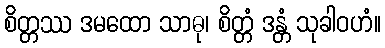
စိတ္တဿ ဒမထော သာဓု၊ စိတ္တံ ဒန္တံ သုခါဝဟံ။